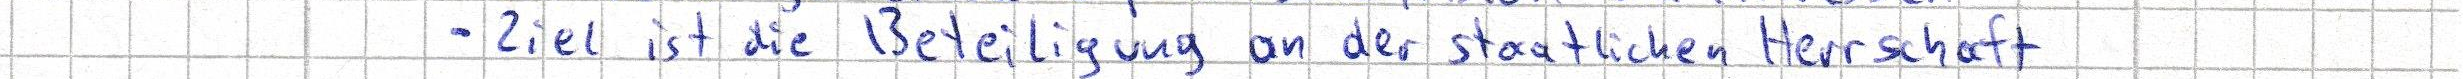
- Ziel ist die Beteiligung an der staatlichen Herrschaft